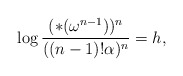
\begin{align*} \log \frac{ (*(\omega^{n-1}))^n}{((n-1)!\alpha)^n} = h,\end{align*}